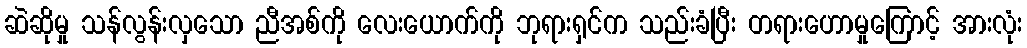
ဆဲဆိုမှု သန်လွန်းလှသော ညီအစ်ကို လေးယောက်ကို ဘုရားရှင်က သည်းခံပြီး တရားဟောမှုကြောင့် အားလုံး